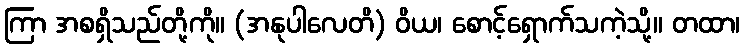
ကြာ အစရှိသည်တို့ကို။ (အနုပါလေတိ) ဝိယ၊ စောင့်ရှောက်သကဲ့သို့။ တထာ၊